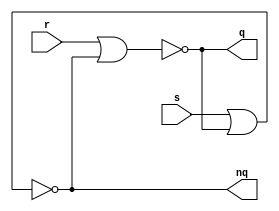
module SR_latch(
	input wire r, input wire s,
	output wire q, output wire nq
);
	assign q = ~(r|nq);
	assign nq = ~(s|q);
endmodule